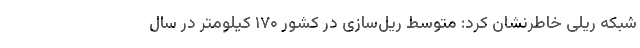
شبکه ریلی خاطرنشان کرد: متوسط ریل‌سازی در کشور ۱۷۰ کیلومتر در سال